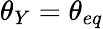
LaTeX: \theta_{Y}=\theta_{eq}